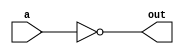
module inv(
    input a,
    output out
    );
assign out = ~a;

endmodule